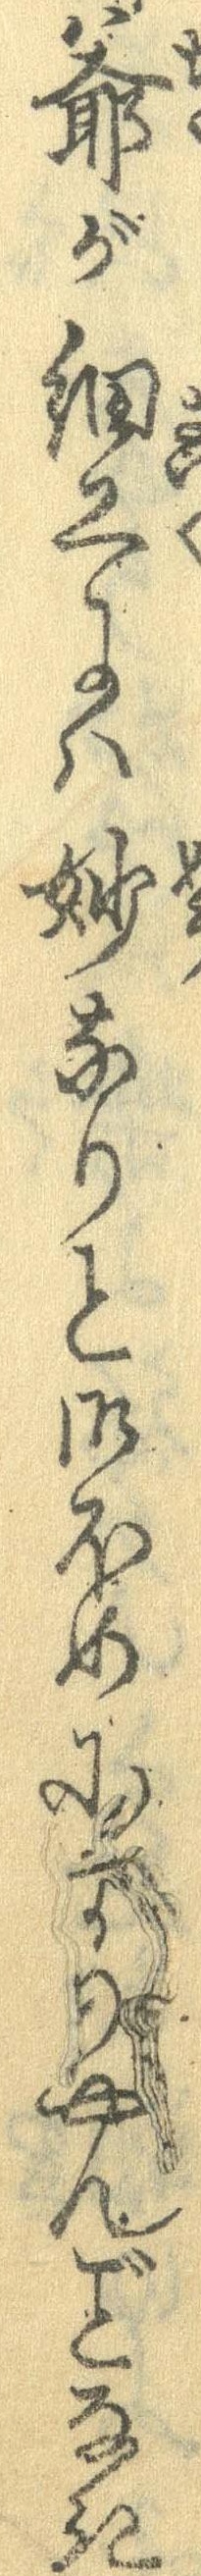
爺が細工には妙なりと御ほめによりやんなき